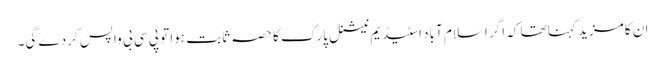
ان کا مزید کہنا تھا کہ اگر اسلام آباد اسٹیڈیم نیشنل پارک کا حصہ ثابت ہوا تو پی سی بی واپس کردے گی۔